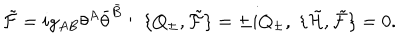
LaTeX: { \tilde { \cal F } } = i g _ { A B } \theta ^ { A } { \bar { \theta } } ^ { \bar { B } } : \; \{ Q _ { \pm } , { \tilde { \cal F } } \} = \pm i Q _ { \pm } , \; \{ { \tilde { \cal H } } , { \tilde { \cal F } } \} = 0 .